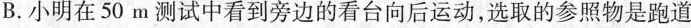
B.小明在50m测试中看到旁边的看台向后运动，选取的参照物是跑道